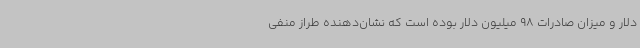
دلار و میزان صادرات 98 میلیون دلار بوده است که نشان‌دهنده طراز منفی